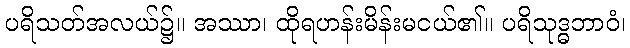
ပရိသတ်အလယ်၌။ အဿာ၊ ထိုရဟန်းမိန်းမငယ်၏။ ပရိသုဒ္ဓဘာဝံ၊